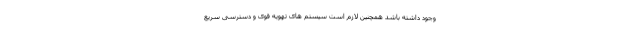
وجود داشته باشد همچنین لازم است سیستم های تهویه قوی و دسترسی سریع